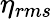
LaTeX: \eta_{rms}